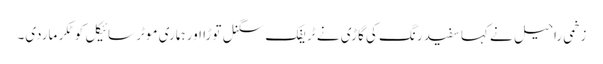
زخمی راحیل نے کہا سفید رنگ کی گاڑی نے ٹریفک سگنل توڑا اور ہماری موٹر سائیکل کو ٹکر ماردی۔